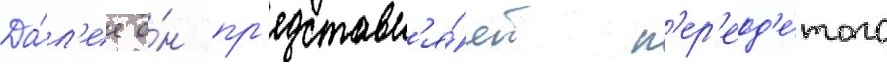
Да́л'ее о́н пр'едставл'я́ет п'ер'еод'е́того